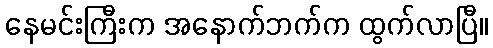
နေမင်းကြီးက အနောက်ဘက်က ထွက်လာပြီ။